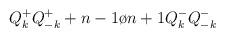
LaTeX: \begin{align*}Q_k^+Q_{-k}^+ + {{n-1}\o {n+1}}Q_k^-Q_{-k}^-\end{align*}